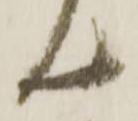
ん